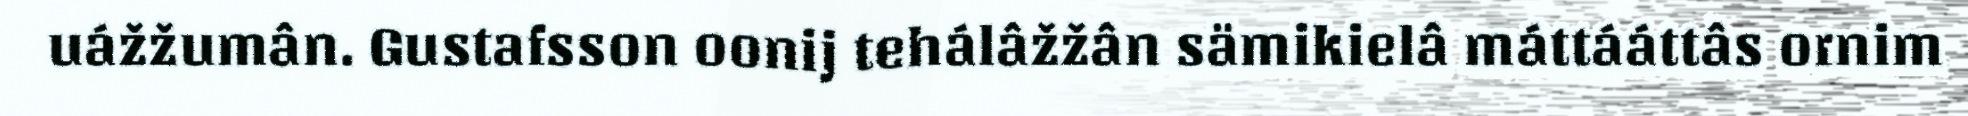
uážžumân. Gustafsson oonij tehálâžžân sämikielâ máttááttâs ornim